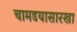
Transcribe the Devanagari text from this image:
चामडयासारखा